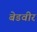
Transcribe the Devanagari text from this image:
बेडवीर